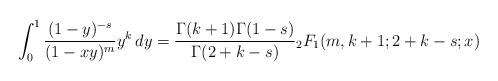
LaTeX: \begin{align*}\int_0^1 \frac{(1-y)^{-s}}{(1-xy)^m} y^k \, dy = \frac{\Gamma(k+1)\Gamma(1-s)}{\Gamma(2+k-s)} {}_2F_1(m,k+1;2+k-s;x)\end{align*}